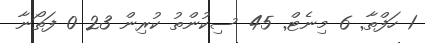
1 ހަފްތާ